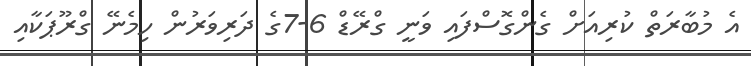
އެ މުބާރަތް ކުރިއަށް ގެންގޮސްފައި ވަނީ ގްރޭޑް 6-7ގެ ދަރިވަރުން ހިމެނޭ ގްރޫޕަކާއި